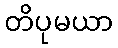
တိပုမယာ